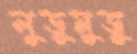
লুডুমুডু